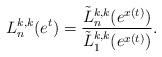
LaTeX: \begin{align*}L^{k,k}_{n}(e^{t})=\frac{\tilde{L}^{k,k}_{n}(e^{x(t)})}{\tilde{L}^{k,k}_{1}(e^{x(t)})}.\end{align*}